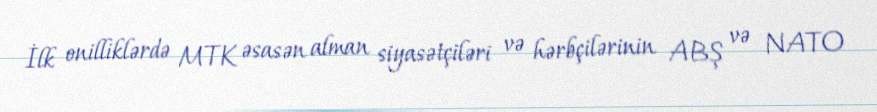
İlk onilliklərdə MTK əsasən alman siyasətçiləri və hərbçilərinin ABŞ və NATO